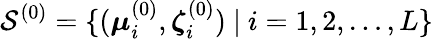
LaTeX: {\mathcal S}^{(0)}=\{ (\boldsymbol{\mu}_{i}^{(0)},\boldsymbol{\zeta}_{i}^{(0)})~|~i=1,2,\ldots,L\}